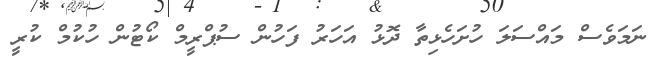
ނަމަވެސް މައްސަލަ ހުށަހެޅިތާ ދޮޅު އަހަރު ފަހުން ސުޕްރީމް ކޯޓުން ހުކުމް ކުރީ